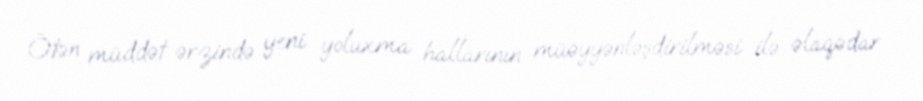
Ötən müddət ərzində yeni yoluxma hallarının müəyyənləşdirilməsi ilə əlaqədar